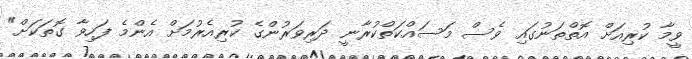
ވީމާ ކުރިއަށް އޮތްތަނުގައި ވެސް މަސައްކަތްކުރާނީ ދަރިވަރުންގެ ކުރިއެރުމަށް އެންމެ ފަހިވާ ގޮތަކަށް"